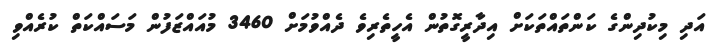
އަދި މިކުދިންގެ ކަންތައްތަކަށް އިދާރީގޮތުން އެހީތެރިވެ ދެއްވުމަށް 3460 މުއައްޒަފުން މަސައްކަތް ކުރެއްވި